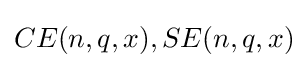
CE(n,q,x),SE(n,q,x)